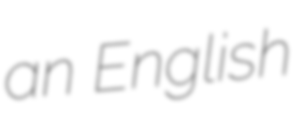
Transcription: an English